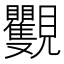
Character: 𧢭